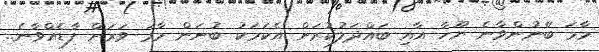
މާމަ ބޭނުންވާނެ ޔޫހާ އާއި ބައްދަލުކުރަން އެކަމަކު ބުނަން މާމަ ވަރަށް ފާޑެއްވާނެ..